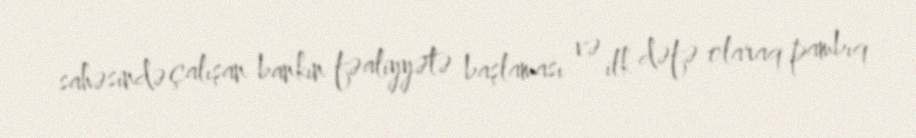
sahəsində çalışan bankın fəaliyyətə başlaması və ilk dəfə olaraq pambıq